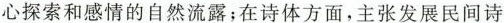
心探索和感情的自然流露；在诗体方面，主张发展民间诗